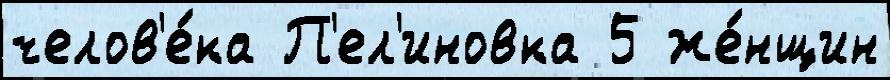
челов'е́ка П'ел'иновка 5 же́нщин